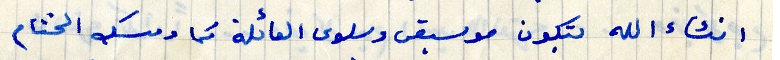
انشاء الله بتكون موسيقى وسلوى العائلة كما ومسك الختام